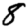
Digit: 8